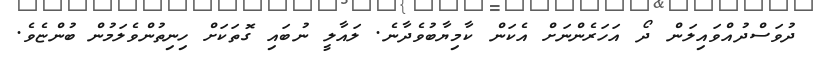
ދުވަސްދުއްވައިލަން ދޯ އަހަރެންނަށް އެކަން ކާމިޔާބުވެދާނެ. ލައާލީ ނުބައި ގޮތަކަށް ހިނިތުންވެލަމުން ބުންޏެވެ.